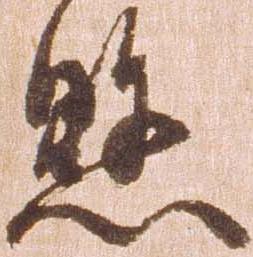
懸